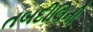
તબદીલિની